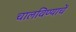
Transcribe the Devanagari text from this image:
चालविण्याचें